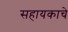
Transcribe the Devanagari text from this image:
सहायकाचे